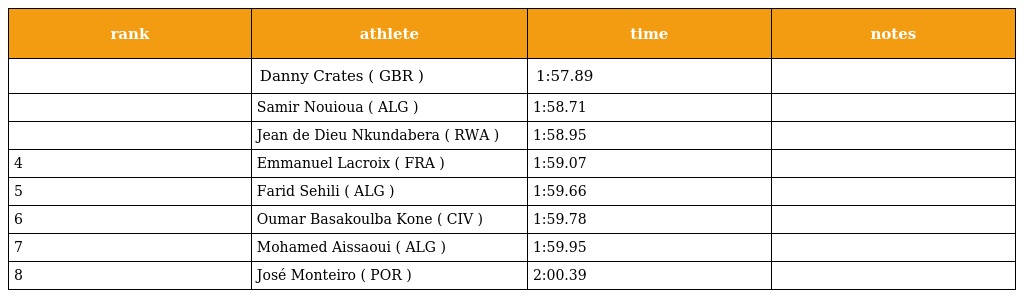
| rank | athlete | time | notes |
 | --- | --- | --- | --- |
 |  | Danny Crates ( GBR ) | 1:57.89 |  |
 |  | Samir Nouioua ( ALG ) | 1:58.71 |  |
 |  | Jean de Dieu Nkundabera ( RWA ) | 1:58.95 |  |
 | 4 | Emmanuel Lacroix ( FRA ) | 1:59.07 |  |
 | 5 | Farid Sehili ( ALG ) | 1:59.66 |  |
 | 6 | Oumar Basakoulba Kone ( CIV ) | 1:59.78 |  |
 | 7 | Mohamed Aissaoui ( ALG ) | 1:59.95 |  |
 | 8 | José Monteiro ( POR ) | 2:00.39 |  |